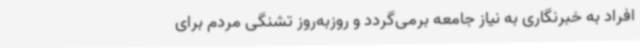
افراد به خبرنگاری به نیاز جامعه برمی‌گردد و روزبه‌روز تشنگی مردم برای